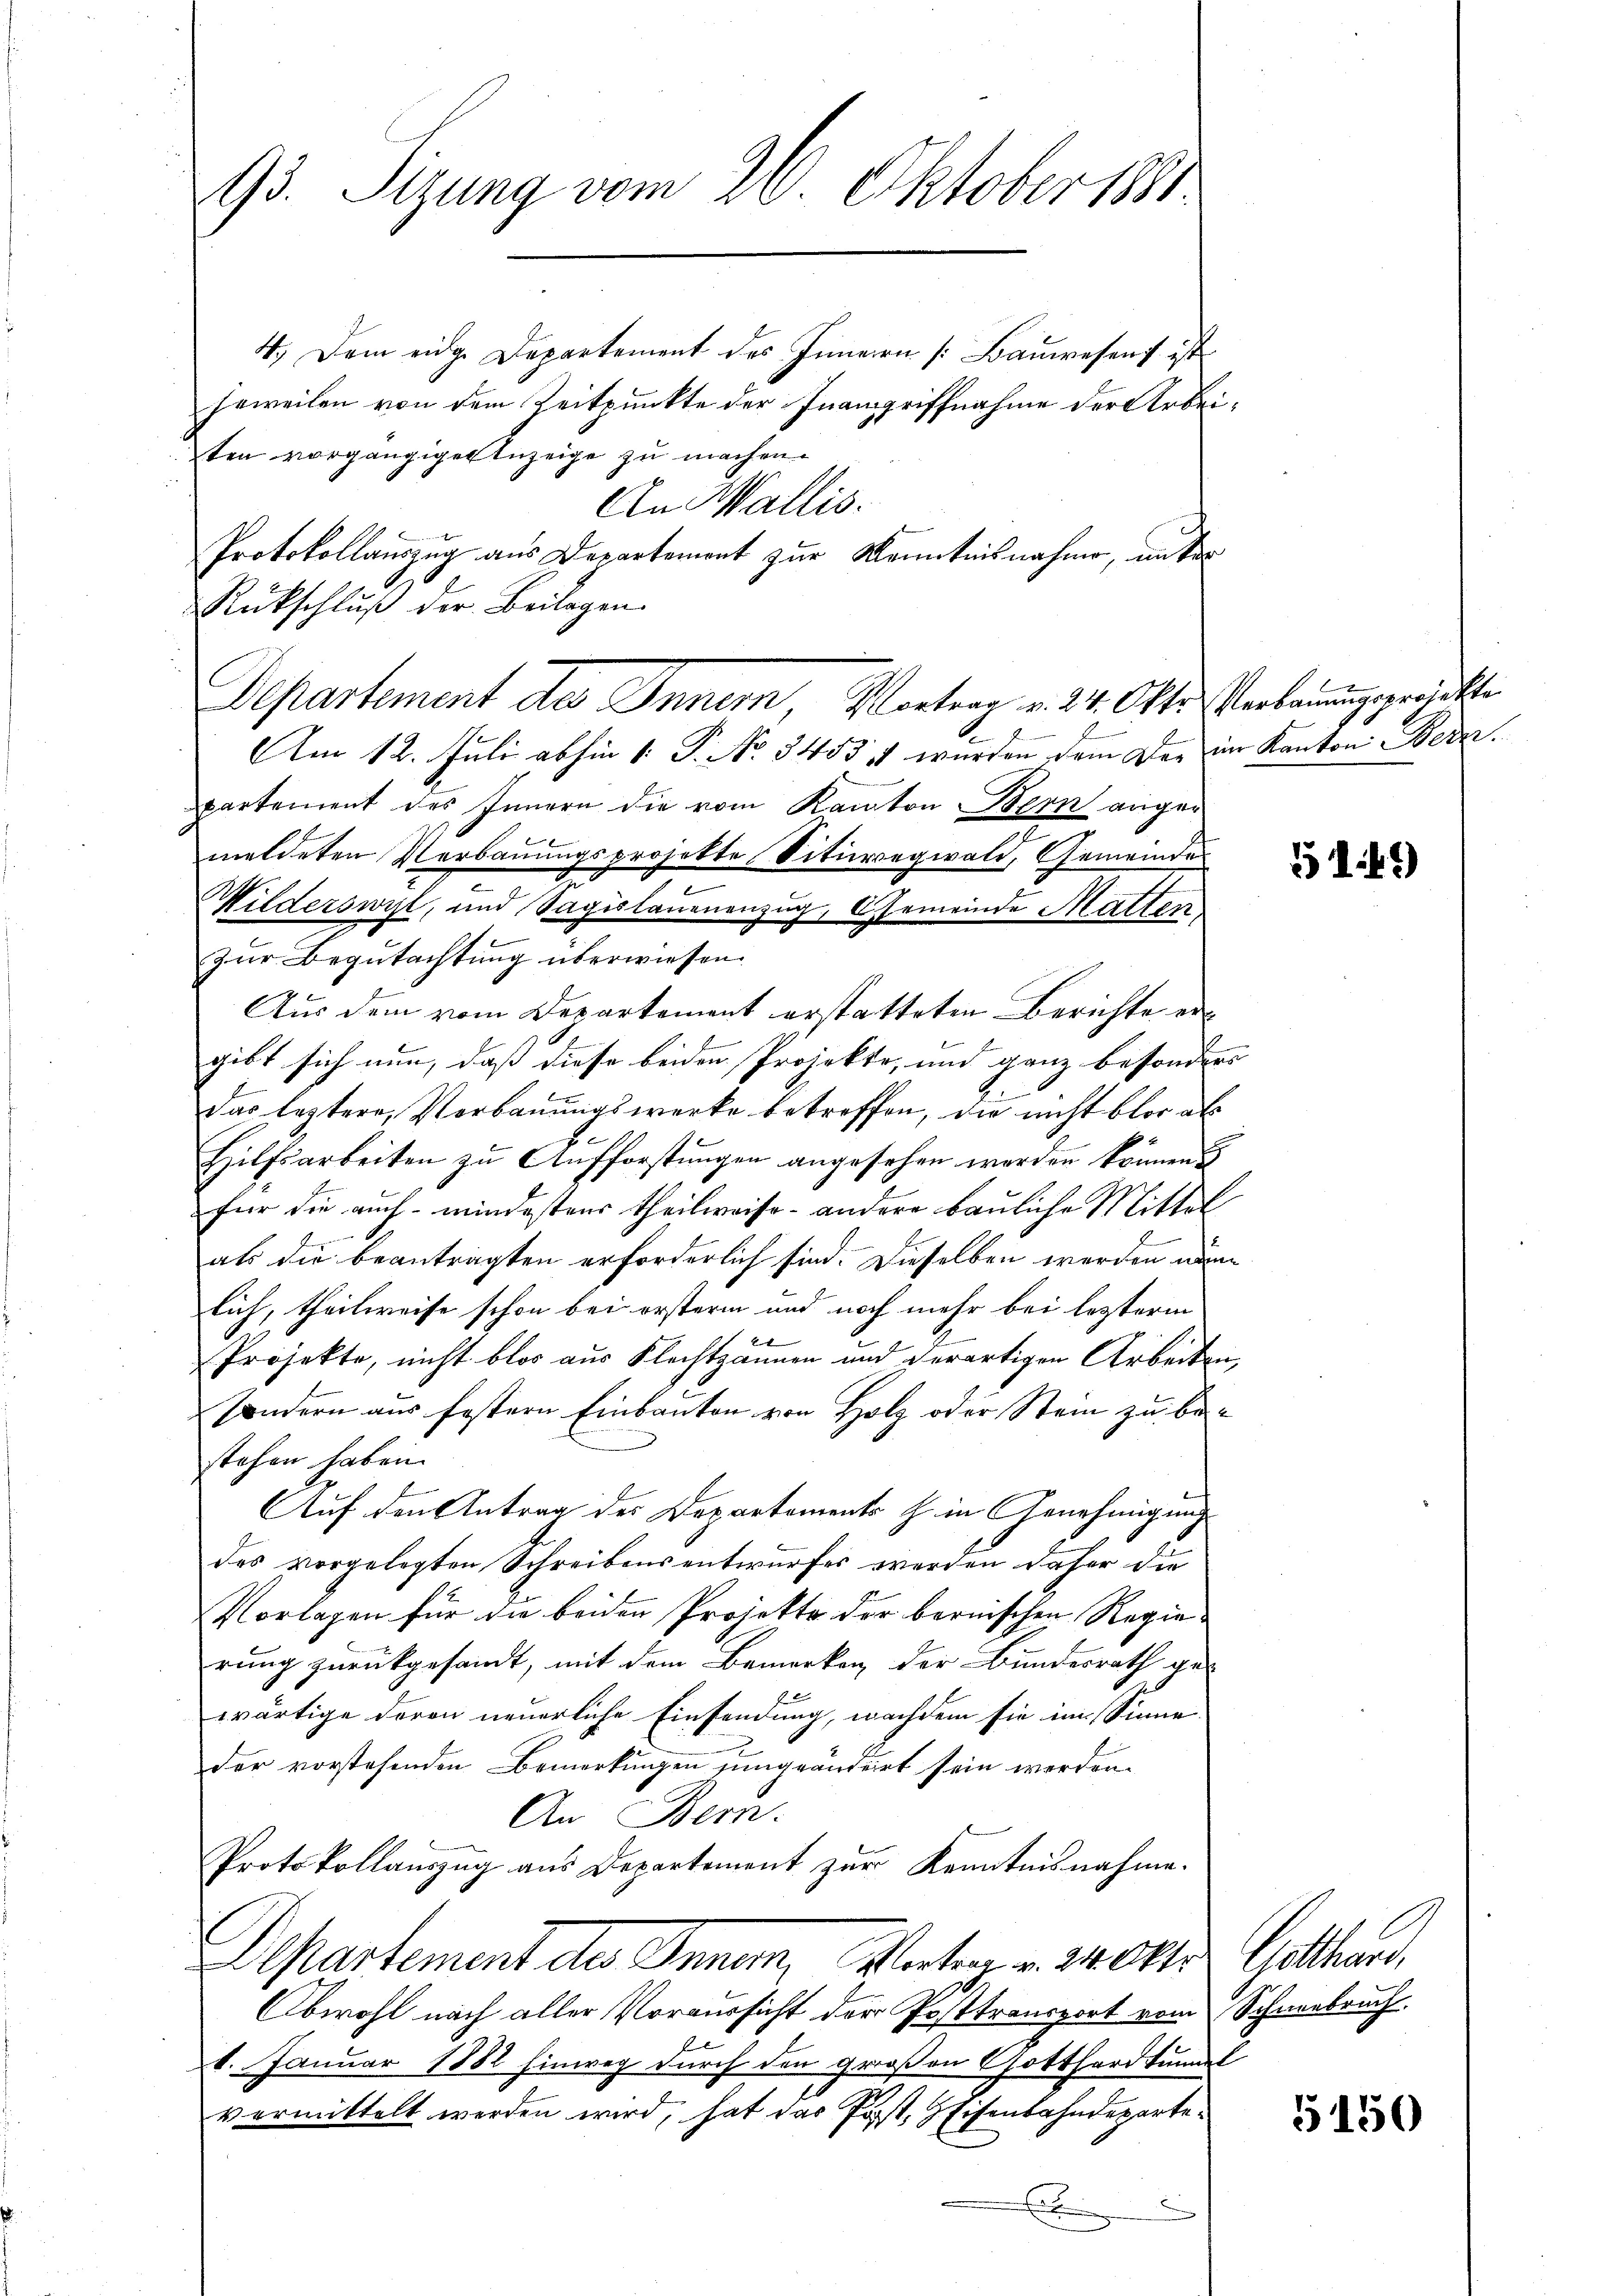
93. Sizung vom 26. Oktober 1881.

4.) Dem eidge Departement des Innern [Bauwesens ist
jeweilen von dem Zeitpunkte der Inangriffnahme der Arbeiten vorgängiger Anzeige zu machen.
An Wallis.
Protokollauszug aus Departement zur Kenntnisnahme, unter
Rückschluß der Beilagen.
Am 12. Juli abhin 1. P. No 3453 u wurden dem Dor im Kanton Bern.
partement des Innern die vom Kanton Bern angemeldeten Verbauungsprojekte Situregwald, Gemeindes
Milderswyl, und Sägislauenenzug, Gemeinde Mallen
zur Begutachtung überwiesen.
Aus dem vom Departement erstatteten Berichte ergibt sich nun, daß diese beiden Projekte, und ganz besonders |
Das leztere, Verbauungswerke betreffen, die nicht blos als
Hilfsarbeiten zu Aufforstŭngen angesehen werden können
für die auch mindestens theilweise - andere bauliche Mittel
als die beantragten erforderlich sind. Dieselben werden nun
lich, theilweise schon bei ersterm und noch mehr bei lezterm
2
Projekte, nicht blos aus Flechtzannen und derartigen Arbeiten
sondern aus festern Einbauten von Holz oder Stein zu bestehen haben.
Auf den Antrag des Departements H. in Genehmigung
das vorgelegten Schreibensentwurfes werden daher die
Vorlagen für die beiden Projekte der bernischen Regierung zurückgesandt, mit dem Bemerken, der Bundesrath ge-
wärtige davon neuerliche Einsendung, nachdem sie im Sinne
der vorstehenden Bemerkungen ungeändert sein werden.
An Bern.
Protokollauszug aus Departement zur Kenntnisnahme.
Departement des Innen, Worten v. 2400. Gotthard,
Obwohl nach aller Voraussicht der Posttransport vom Schneebruch

1. Januar 1882 hinweg durch den großen Gotthardtunal
vermittelt werden wird, hat das Post, HEisenbahndeparte¬

D

Departement des Inner Vortrag v. 24. Oktr. Verbauungsgeritte

149)

5150